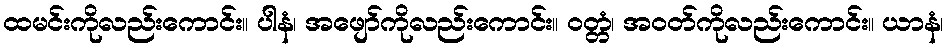
ထမင်းကိုလည်းကောင်း။ ပါနံ၊ အဖျော်ကိုလည်းကောင်း။ ဝတ္တံ၊ အဝတ်ကိုလည်းကောင်း။ ယာနံ၊